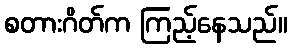
စတားဂိတ်က ကြည့်နေသည်။